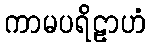
ကာမပရိဠာဟံ